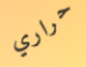
حراري